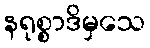
နရုစ္စာဒိမှသေ